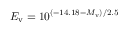
E _ { \mathrm { v } } = 1 0 ^ { ( - 1 4 . 1 8 - M _ { \mathrm { v } } ) / 2 . 5 }